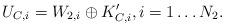
LaTeX: \begin{align*}U_{C,i}=W_{2,i}\oplus K'_{C,i}, i=1\ldots N_2.\end{align*}